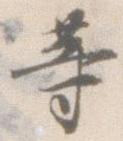
等